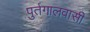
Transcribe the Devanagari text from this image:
पुर्तगालवासी